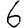
Digit: 6